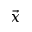
\vec { x }